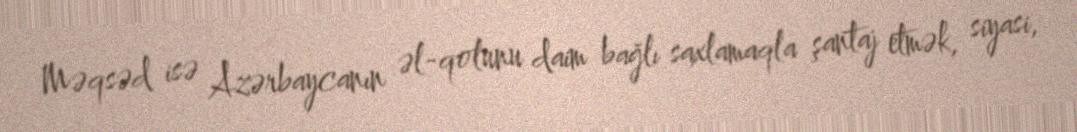
Məqsəd isə Azərbaycanın əl-qolunu daim bağlı saxlamaqla şantaj etmək, siyasi,